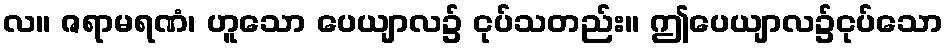
လ။ ဇရာမရဏံ၊ ဟူသော ပေယျာလ၌ ငုပ်သတည်း။ ဤပေယျာလ၌ငုပ်သော